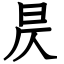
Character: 昃